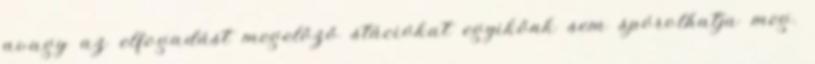
avagy az elfogadást megelőző stációkat egyikőnk sem spórolhatja meg.